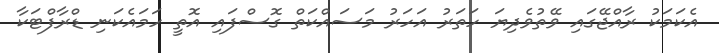
އެކަމަކު ރާއްޖޭގައި ވޭތުވެދިޔަ ހަތަރު އަހަރު މަސައްކަތް ގޮސްފައި އޮތީ ހަމައެކަނި ޑްރާފްޓަކާ